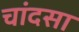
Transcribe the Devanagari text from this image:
चांदसा